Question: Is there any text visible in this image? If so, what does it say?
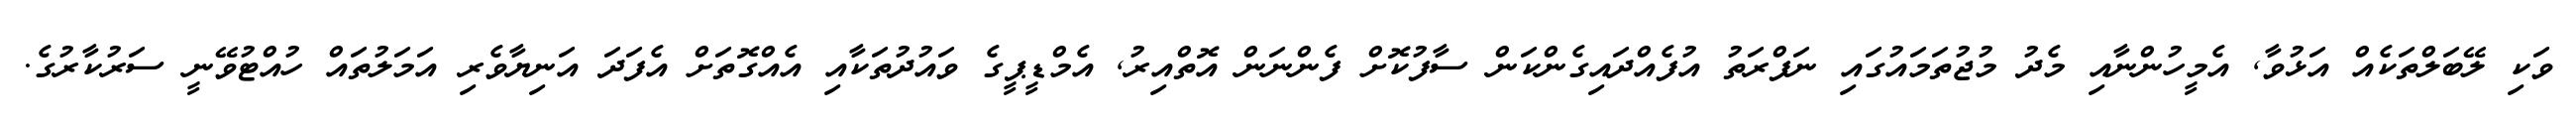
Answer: ވަކި ލޭބަލްތަކެއް އަޅުވާ, އެމީހުންނާއި މެދު މުޖުތަމައުގައި ނަފްރަތު އުފެއްދައިގެންކަން ސާފުކޮށް ފެންނަން އޮތްއިރު, އެމްޑީޕީގެ ވައުދުތަކާއި އެއްގޮތަށް އެފަދަ އަނިޔާވެރި އަމަލުތައް ހުއްޓުވޭނީ ސަރުކާރުގެ.